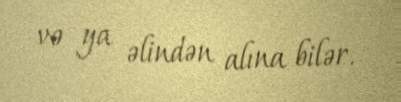
və ya əlindən alına bilər.